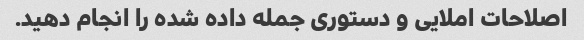
اصلاحات املایی و دستوری جمله داده شده را انجام دهید.